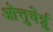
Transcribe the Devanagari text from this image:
ऒत्तुचेर्न्नु